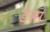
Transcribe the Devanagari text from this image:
डॆक्स